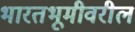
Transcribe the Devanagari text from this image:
भारतभूमीवरील